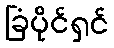
ခြံပိုင်ရှင်